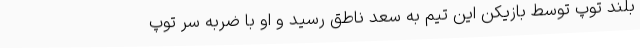
بلند توپ توسط بازیکن این تیم به سعد ناطق رسید و او با ضربه سر توپ